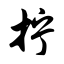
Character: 拧